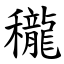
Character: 䆍